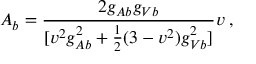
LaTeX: A _ { b } = \frac { 2 g _ { A b } g _ { V b } } { [ v ^ { 2 } g _ { A b } ^ { 2 } + \frac { 1 } { 2 } ( 3 - v ^ { 2 } ) g _ { V b } ^ { 2 } ] } v \; ,